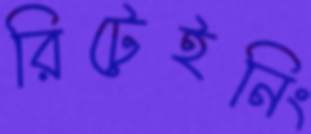
রিটেইনিং